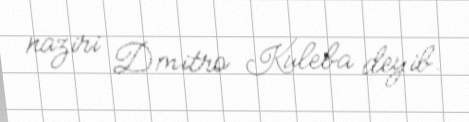
naziri Dmitro Kuleba deyib.